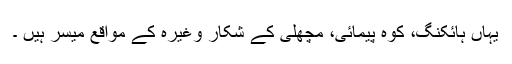
یہاں ہائکنگ، کوہ پیمائی، مچھلی کے شکار وغیرہ کے مواقع میسر ہیں ۔